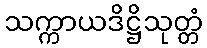
သက္ကာယဒိဋ္ဌိသုတ္တံ